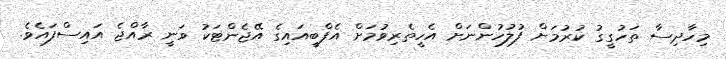
މިހާދިސާ ތަހުގީގު ކުރުމަށް ފުލުހުންނަށް އެހީތެރިވުމަށް އެފްބީއައިގެ އޭޖެންޓަކު ވަނީ ރާއްޖެ އައިސްފައެވެ.